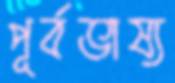
পূর্বভাষ্য